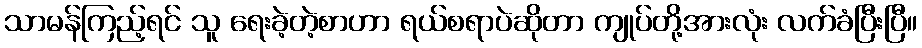
သာမန်ကြည့်ရင် သူ ရေးခဲ့တဲ့စာဟာ ရယ်စရာပဲဆိုတာ ကျုပ်တို့အားလုံး လက်ခံပြီးပြီ။